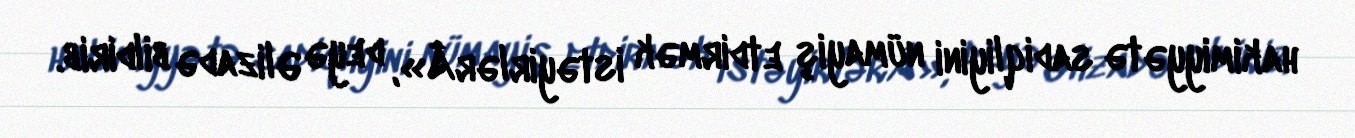
hakimiyyətə sadiqliyini nümayiş etdirmək istəyirlərÂ», deyə Əlizadə bildirib.